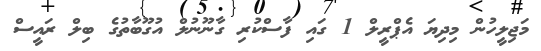
މަޖިލީހުން މިދިޔަ އެޕްރީލް 1 ގައި ފާސްކުރި ގާނޫނުލް އުގޫބާތުގެ ބިލް ރައީސް